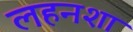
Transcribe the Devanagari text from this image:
लहनशा